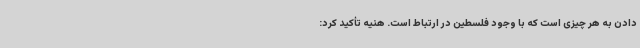
دادن به هر چیزی است که با وجود فلسطین در ارتباط است. هنیه تأکید کرد: